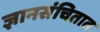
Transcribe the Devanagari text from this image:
ज्ञानसंचितात